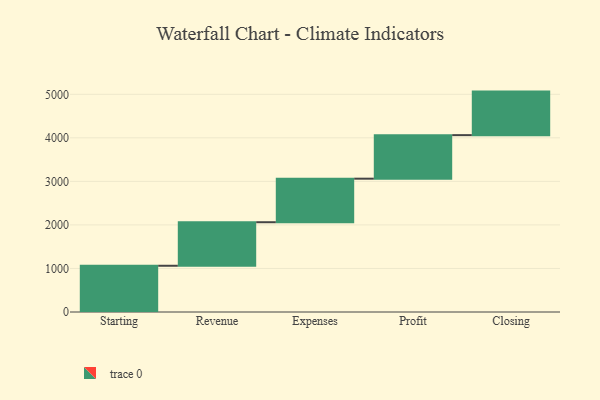
{"axis": {"x": "Step", "y": "Value"}, "legend": [""], "data": [{"x": "Starting", "y": 1062.0, "type": ""}, {"x": "Revenue", "y": 1000, "type": ""}, {"x": "Expenses", "y": 1000, "type": ""}, {"x": "Profit", "y": 1000, "type": ""}, {"x": "Closing", "y": 1000, "type": ""}]}